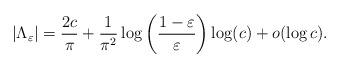
LaTeX: \begin{align*}|\Lambda_{\varepsilon} | = \frac{2c}{\pi} + \frac{1}{\pi^2} \log\left(\frac{1-\varepsilon}{\varepsilon}\right) \log(c)+o(\log c).\end{align*}